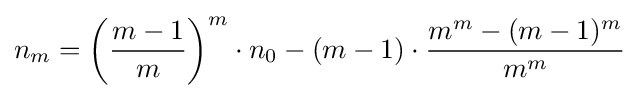
n_{m}=\left({\frac {m-1}{m}}\right)^{m}\cdot n_{0}-(m-1)\cdot {\frac {m^{m}-(m-1)^{m}}{m^{m}}}